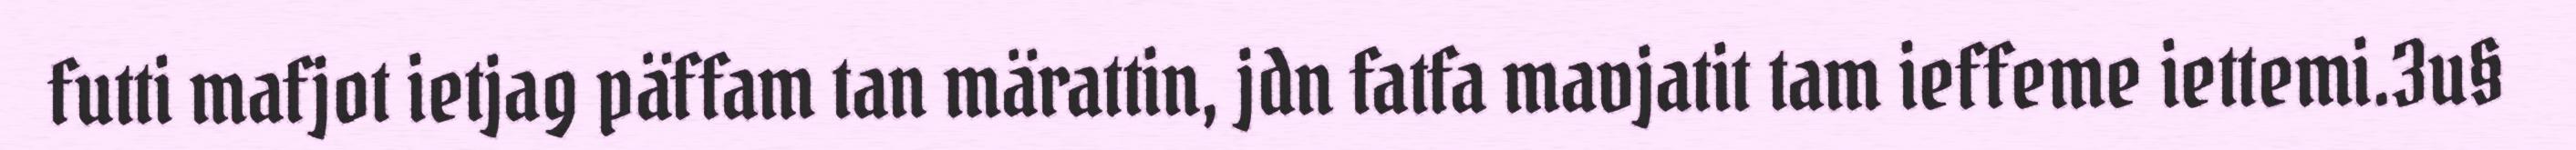
futti mafjot ietjag päffam tan märattin, jdn fatfa mavjatit tam ieffeme iettemi.3u§